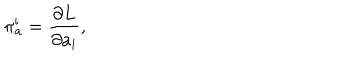
LaTeX: \pi _ { \mathrm { a } } ^ { \mathrm { i } } = { \frac { \partial L } { \partial \dot { a } _ { \mathrm { i } } } } ,